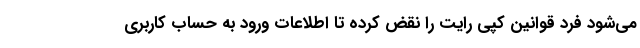
می‌شود فرد قوانین کپی رایت را نقض کرده تا اطلاعات ورود به حساب کاربری